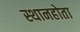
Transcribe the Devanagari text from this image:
स्थानहोता